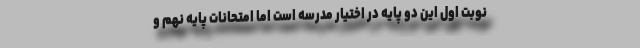
نوبت اول این دو پایه در اختیار مدرسه است اما امتحانات پایه نهم و